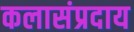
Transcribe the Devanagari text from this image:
कलासंप्रदाय